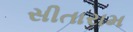
સીતારામ